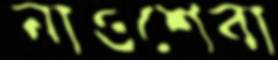
নাওশেবা